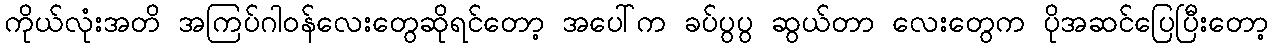
ကိုယ်လုံးအတိ အကြပ်ဂါဝန်လေးတွေဆိုရင်တော့ အပေါ်က ခပ်ပွပွ ဆွယ်တာ လေးတွေက ပိုအဆင်ပြေပြီးတော့